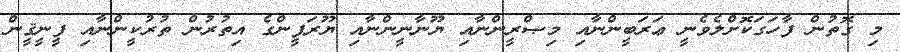
މި ގޮތުން ފާހަގަކޮށްލެވެނީ ޢަރަބީންނާއި މިޞްރީންނާއި ޔޫނާނީންނާއި ޔޫރަޕީންގެ އިތުރުން ތުރުކީންނާއި ފީނީޤީން